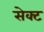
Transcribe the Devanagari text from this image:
सेक्‍ट